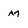
Character: M